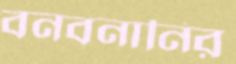
বনবনানির